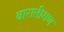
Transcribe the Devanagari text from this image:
बारातीगण